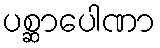
ပစ္ဆာပေါဏာ